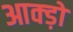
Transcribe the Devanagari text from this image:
आक्ड़ों